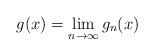
LaTeX: \begin{align*} g(x)=\lim_{n \rightarrow{\infty}}g_n(x)\end{align*}